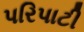
પરિપાટી